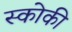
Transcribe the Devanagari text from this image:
स्कोकी